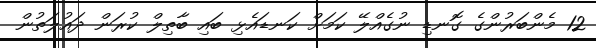
12 މެންބަރުންގެ ގޮނޑި ނުގެއްލޭ ކަމަށް ކަނޑައެޅި ބައި ބާތިލް ކުރަން ދައުލަތުން